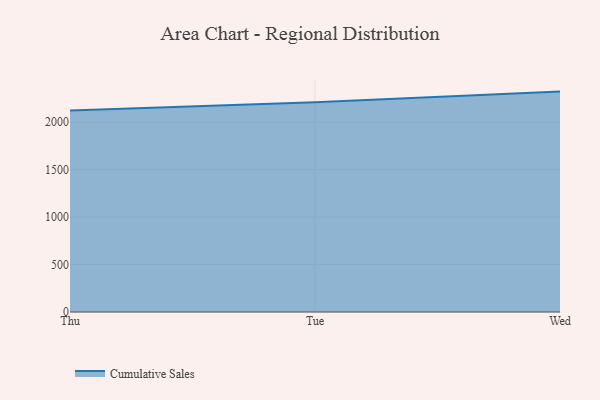
{"axis": {"x": "Day", "y": "Tickets Resolved"}, "legend": ["Cumulative Sales"], "data": [{"x": "Thu", "y": 2123.3, "type": "Cumulative Sales"}, {"x": "Tue", "y": 2210.3, "type": "Cumulative Sales"}, {"x": "Wed", "y": 2321.6, "type": "Cumulative Sales"}]}